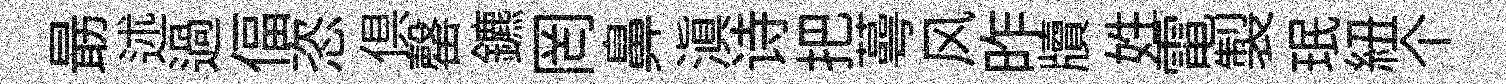
朂述過偪恣俱罄鑣罔鼻滇诗把蕚风昨牘姓電製珉紐个